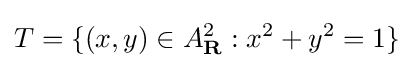
T=\{(x,y)\in A_{\mathbf {R} }^{2}:x^{2}+y^{2}=1\}